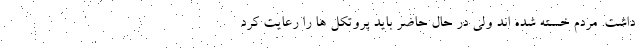
داشت. مردم خسته شده اند ولی در حال حاضر باید پروتکل ها را رعایت کرد